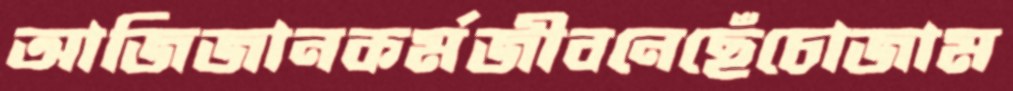
আজিজানকর্মজীবনেছেঁচোজাম